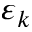
\varepsilon _ { k }